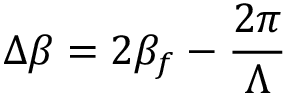
\Delta \beta = 2 \beta _ { f } - \frac { 2 \pi } { \Lambda }